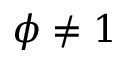
\phi \neq 1